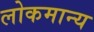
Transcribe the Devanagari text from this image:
लोकमान्‍य